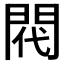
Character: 𫔟